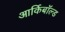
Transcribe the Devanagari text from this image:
आर्किबॉल्ड